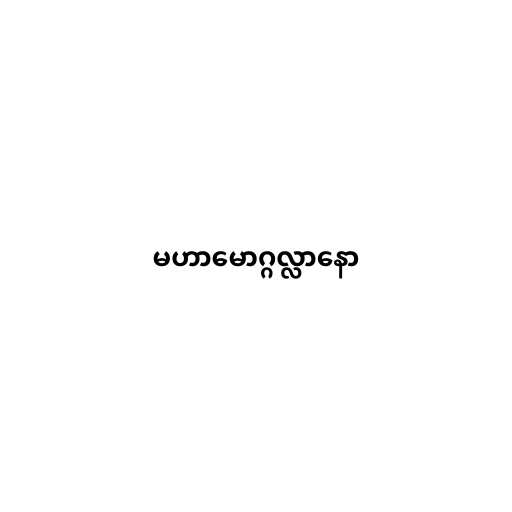
မဟာမောဂ္ဂလ္လာနော